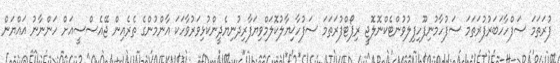
ފުރަތަމަ ސަފްހާހަބަރުފުރަތަމަ ސަފުހާމުނިފޫހިފިލުވުންޓެކްނޮލޮޖީ ރިޕޯޓްފުރަތަމަ ސަފުހާޚިޔާލުކޮލަމްވިޔަފާރިދުނިޔެދީންކުޅިވަރުވާހަކަ އާންމުންގެ ތެރެއިން ޖޭއެސްސީއަށް ހަންނާނު އައްޔަން